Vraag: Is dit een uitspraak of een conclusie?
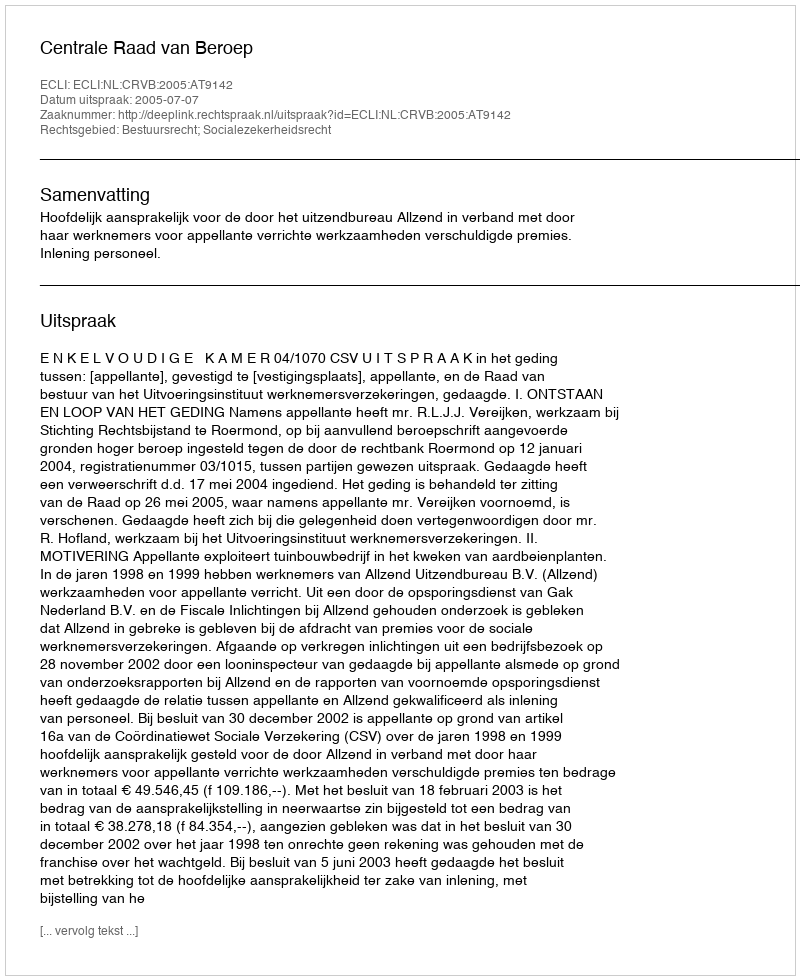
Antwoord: Uitspraak